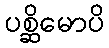
ပစ္ဆိမောပိ